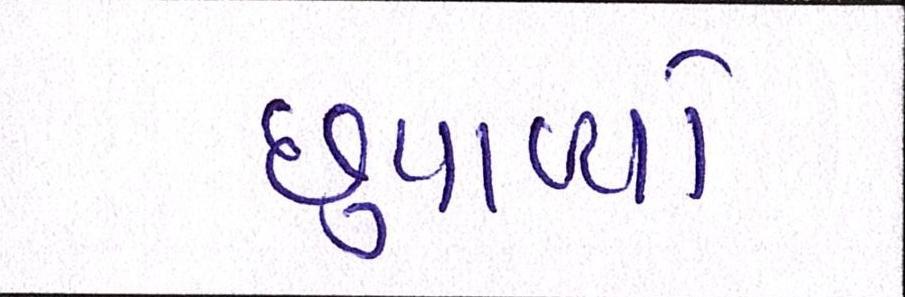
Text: છુપાવ્યો